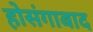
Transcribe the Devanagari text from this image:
होसंगाबाद